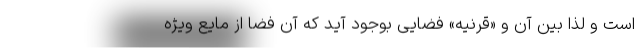
است و لذا بین آن و «قرنیه» فضایی بوجود آید که آن فضا از مایع ویژه